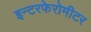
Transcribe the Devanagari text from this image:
इन्टरफेरोमीटर